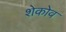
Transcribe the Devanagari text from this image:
शेकोव